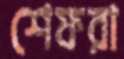
শেফরা